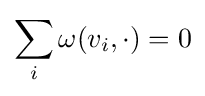
\sum _{i}\omega (v_{i},\cdot )=0